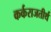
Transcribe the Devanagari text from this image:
कर्कराजतीर्थ